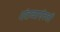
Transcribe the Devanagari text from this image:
गंतव्याऐवजी